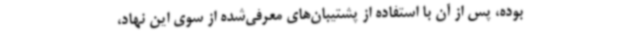
بوده، پس از آن با استفاده از پشتیبان‌های معرفی‌شده از سوی این نهاد،